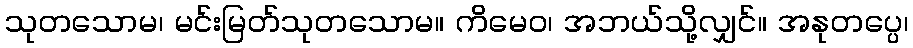
သုတသောမ၊ မင်းမြတ်သုတသောမ။ ကိမေဝ၊ အဘယ်သို့လျှင်။ အနုတပ္ပေ၊